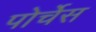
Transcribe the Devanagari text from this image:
पोर्चेस